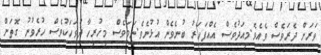
ވަރަށް ދެރަވެސް ވެއެވެ.މިއަދުވެސް އެއްފަހަރު ބުނެވެން އުޅުނެވެ.ނަމަވެސް މިހުރިހާ ދުވަހަކުވެސް ހުރެވުނު ގޮތަށް